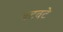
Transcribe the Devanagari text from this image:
वटवटे